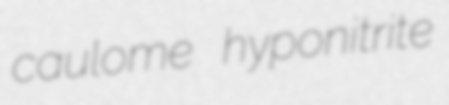
caulome hyponitrite